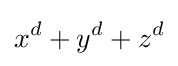
x^{d}+y^{d}+z^{d}